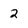
Character: 2